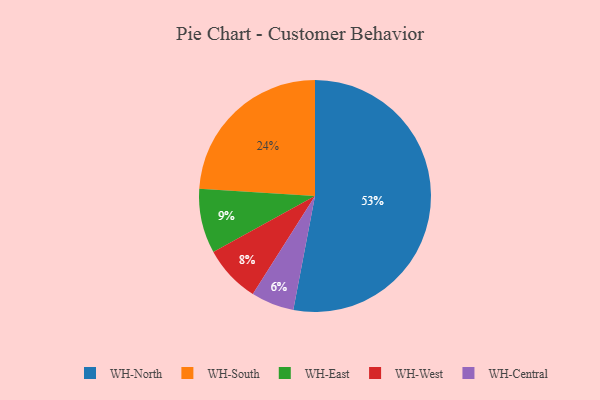
{"axis": {"x": "Category", "y": "Percentage"}, "legend": ["WH-Central", "WH-East", "WH-North", "WH-South", "WH-West"], "data": [{"x": "WH-West", "y": 8, "type": "WH-West"}, {"x": "WH-North", "y": 53, "type": "WH-North"}, {"x": "WH-East", "y": 9, "type": "WH-East"}, {"x": "WH-South", "y": 24, "type": "WH-South"}, {"x": "WH-Central", "y": 6, "type": "WH-Central"}]}